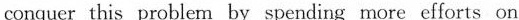
conquer this problem by spending more efforts on